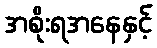
အစိုးရအနေနှင့်